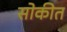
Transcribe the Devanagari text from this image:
सोकीत